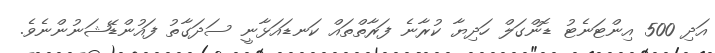
އަދި 500 އިންޓަނެޓު ޑޮންގަލް ހަދިޔާ ކުރާނެ ފަރާތްތައް ކަނޑައަޅާނީ ސަދަގާތު ފައުންޑޭޝަނުންނެވެ.